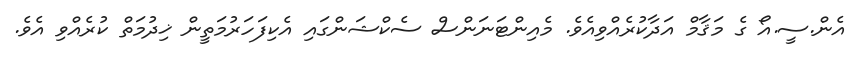
އެން.ސީ.އޯ ގެ މަޤާމް އަދާކުރެއްވިއެވެ. މެއިންޓަނަންސް ސެކްޝަންގައި އެކިފަހަރުމަތީން ޚިދުމަތް ކުރެއްވި އެވެ.